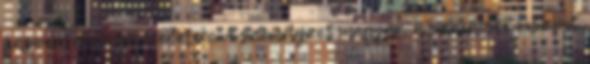
hasonlítanak az eredetire. A személyzet magyar, a szakácsok viszont